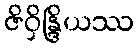
ဇိဝှိန္ဒြိယဿ